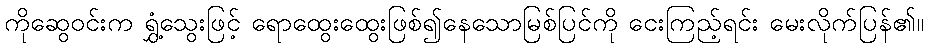
ကိုဆွေဝင်းက ရွှံ့သွေးဖြင့် ရောထွေးထွေးဖြစ်၍နေသောမြစ်ပြင်ကို ငေးကြည့်ရင်း မေးလိုက်ပြန်၏။